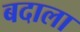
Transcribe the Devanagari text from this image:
बदाला